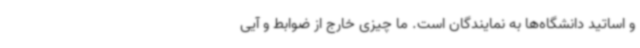
و اساتید دانشگاه‌ها به نمایندگان است. ما چیزی خارج از ضوابط و آیی